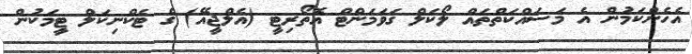
އެހެންކަމުން އެ މަސައްކަތްތައް ލޯކަލް ގަވަމަންޓް އޮތޯރިޓީ (އެލްޖީއޭ) ގެ ޓެކްނިކަލް ޓީމަކުން